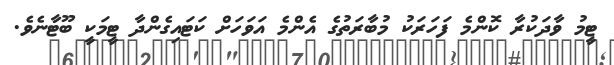
ޓީމު ވާދަކުރާ ކޮންމެ ފަހަރަކު މުބާރަތުގެ އެންމެ އަވަހަށް ކަޓައިގެންދާ ޓީމަކީ ބޫޓާނެވެ.